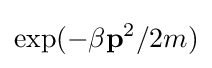
\exp(-\beta \mathbf {p} ^{2}/2m)